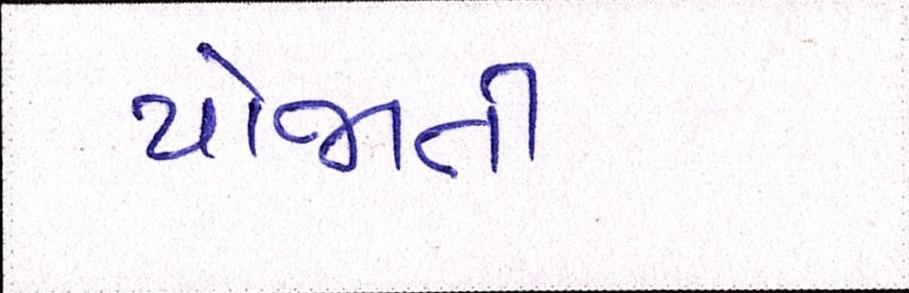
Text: યોજાતી